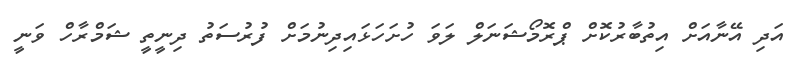
އަދި އޭނާއަށް އިތުބާރުކޮށް ޕްރޮމޯޝަނަލް ލަވަ ހުށަހަޅައިދިނުމަށް ފުރުސަތު ދިނީތީ ޝަމްރާހް ވަނީ